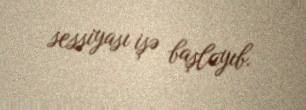
sessiyası işə başlayıb.